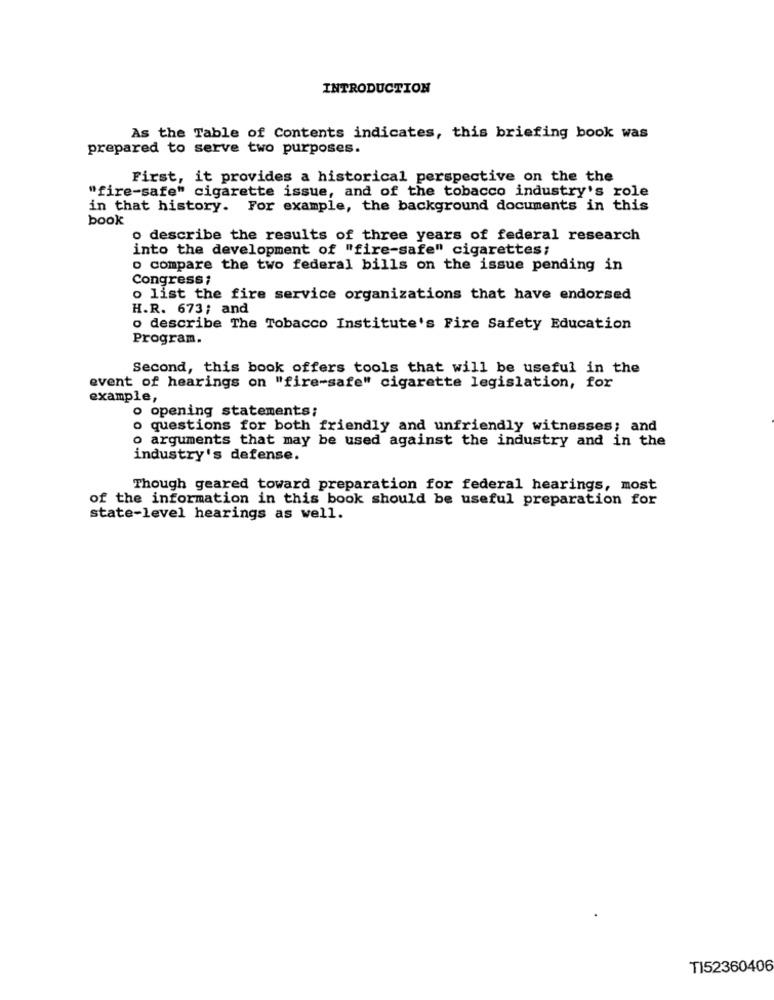
INTRODUCTION
As the Table of Contents indicates, this briefing book was
prepared to serve two purposes.
First, it provides a historical perspective on the the
"fire-safe" cigarette issue, and of the tobacco industry's role
in that history. For example, the background documents in this
book
o describe the results of three years of federal research
into the development of "fire-safe" cigarettes;
o compare the two federal bills on the issue pending in
Congress;
o list the fire service organizations that have endorsed
H.R. 673; and
o describe The Tobacco Institute's Fire Safety Education
Program.
Second, this book offers tools that will be useful in the
event of hearings on "fire-safe" cigarette legislation, for
example,
o opening statements;
o questions for both friendly and unfriendly witnesses; and
o arguments that may be used against the industry and in the
industry's defense.
Though geared toward preparation for federal hearings, most
of the information in this book should be useful preparation for
state-level hearings as well.
TI52360406